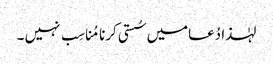
لہٰذا دُعامیں سُستی کرنا مُناسِب نہیں ۔